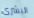
البشرى